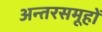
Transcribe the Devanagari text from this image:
अन्तरसमूहों